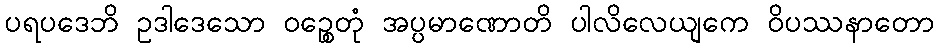
ပရပဒေဘိ ဥဒါဒေသော ဝဉ္စေတုံ အပ္ပမာဏောတိ ပါလိလေယျကေ ဝိပဿနာတော